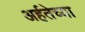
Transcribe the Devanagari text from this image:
अर्हतेच्या